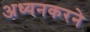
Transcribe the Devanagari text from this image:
अध्यनकरने